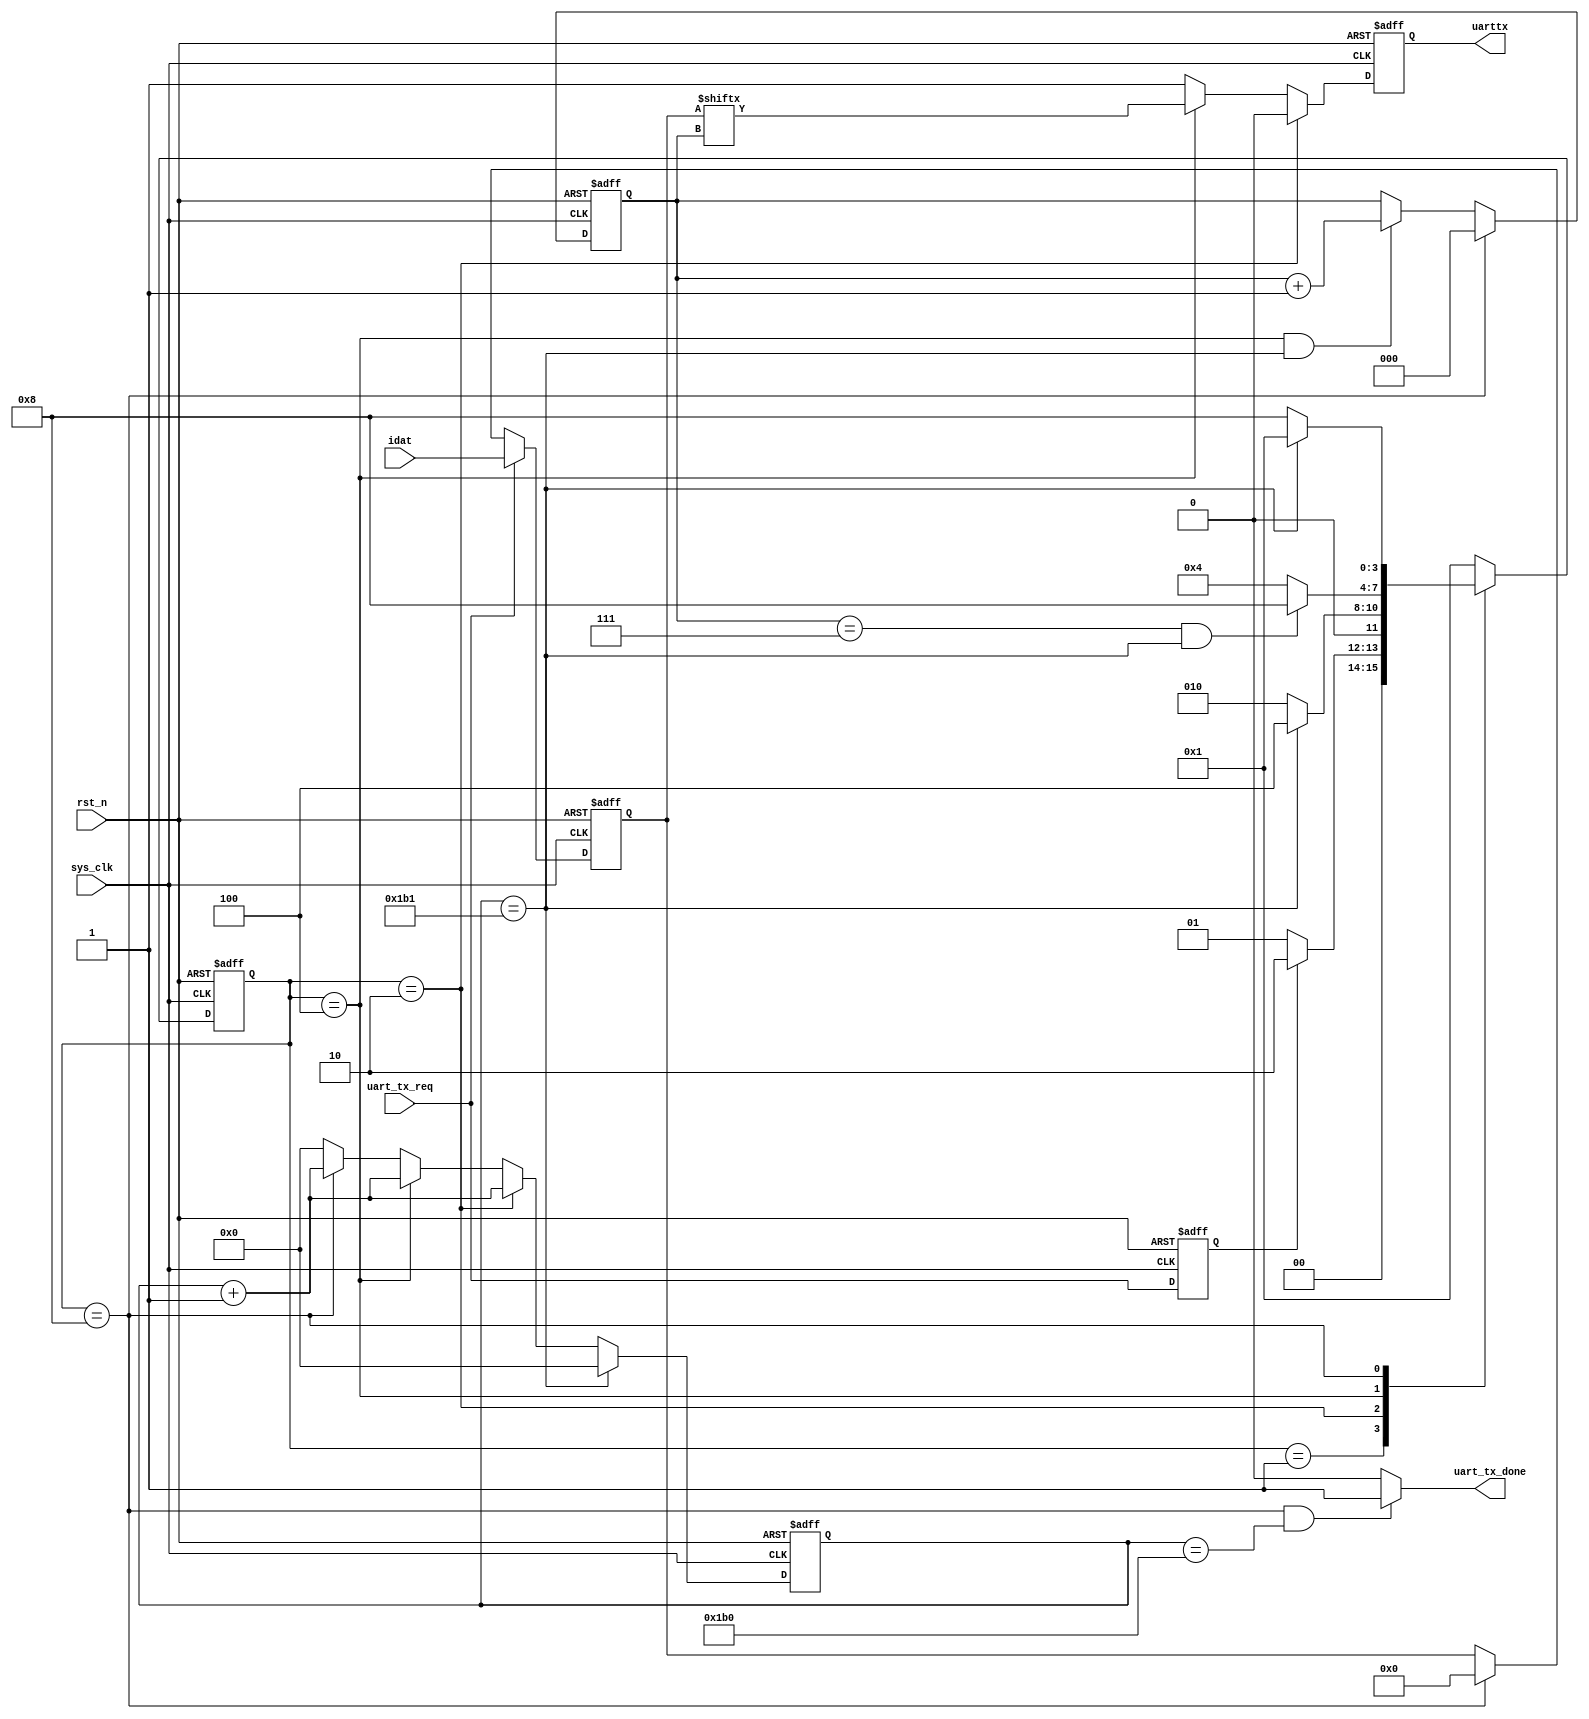
`timescale 1ns/1ps

/*
 : ValentineHP
 :   FPGA
*/



/**/
module  UART_TX(
    input       sys_clk,       /* 50M*/
    input       rst_n,         /* */

    input       uart_tx_req,   /**/
    output      uart_tx_done,  /**/

    input[7:0]  idat,          /**/
    output      uarttx         /*uart tx*/
);



parameter   UARTBaud   = 'd115200;     /**/
localparam  UARTCLKPer =  (('d1000_000_000 / UARTBaud) /20) -1;   /*Bit*/


localparam  UART_Idle       =   4'b0001;    /**/
localparam  UART_Start      =   4'b0010;    /**/
localparam  UART_Data       =   4'b0100;    /**/
localparam  UART_Stop       =   4'b1000;    /**/

reg[3:0]    state , next_state;
reg[19:0]   UARTCnt;           /**/


reg         UART_Req_Reg;      /**/
reg[7:0]    UART_TxData_Reg;   /**/
reg         UART_TX_Reg;       /**/
reg[2:0]    UART_Bit;          /*bit*/

assign      uarttx = UART_TX_Reg;
assign      uart_tx_done = (state == UART_Stop && (UARTCnt == (UARTCLKPer - 1'b1))) ? 1'b1 : 1'b0;

always @(posedge sys_clk or negedge rst_n)
begin
    if(rst_n == 1'b0)
        state <= UART_Idle;
    else
        state <= next_state;
end

/**/
always@(*)
begin
    case (state)
        UART_Idle: 
            if(UART_Req_Reg == 1'b1)    /**/
                next_state <= UART_Start;
            else
                next_state <= UART_Idle;
        UART_Start:                     /**/
            if(UARTCnt == UARTCLKPer)
                next_state <= UART_Data;
            else
                next_state <= UART_Start;
        UART_Data:
            if(UART_Bit == 'd7 && UARTCnt == UARTCLKPer)  /**/
                next_state <= UART_Stop;
            else
                next_state <= UART_Data;
        UART_Stop:
            if(UARTCnt == UARTCLKPer)   
                next_state <= UART_Idle;
            else
                next_state <= UART_Stop;
        default: next_state <= UART_Idle;
    endcase
end



/**/
always @(posedge sys_clk or negedge rst_n)
begin
    if(rst_n == 1'b0)
        UART_Req_Reg <= 1'b0;
    else
        UART_Req_Reg <= uart_tx_req;
end

/**/
always @(posedge sys_clk or negedge rst_n)
begin
    if(rst_n == 1'b0)
        UART_TxData_Reg <= 'd0;
    else if(uart_tx_req == 1'b1)
        UART_TxData_Reg <= idat;
    else if(state == UART_Stop)  /**/
        UART_TxData_Reg <= 'd0;
    else
        UART_TxData_Reg <= UART_TxData_Reg;
end

/*Bit*/
always @(posedge sys_clk or negedge rst_n) 
begin
    if(rst_n == 1'b0)
        UARTCnt <= 'd0;
    else if(UARTCnt == UARTCLKPer)   /**/
        UARTCnt <= 'd0;
    else if(state == UART_Start)
        UARTCnt <= UARTCnt + 1'b1;
    else if(state == UART_Data)
        UARTCnt <= UARTCnt + 1'b1;
    else if(state == UART_Stop)
        UARTCnt <= UARTCnt + 1'b1;
    else
        UARTCnt <= 'd0;
end

/*bit*/
always@(posedge sys_clk or negedge rst_n)
begin
    if(rst_n == 1'b0)
        UART_Bit <= 'd0;
    else if(state == UART_Stop)  /*bit*/
        UART_Bit <= 'd0;
    else if(state == UART_Data && UARTCnt == UARTCLKPer)
        UART_Bit <= UART_Bit + 1'b1;
    else
        UART_Bit <= UART_Bit;
end


/**/
always@(posedge sys_clk or negedge rst_n)
begin
    if(rst_n == 1'b0)
        UART_TX_Reg <= 1'b1;
    else if(state == UART_Start)
        UART_TX_Reg <= 1'b0;
    else if(state == UART_Data)
        UART_TX_Reg <= UART_TxData_Reg[UART_Bit];
    else
        UART_TX_Reg <= 1'b1;
end

endmodule